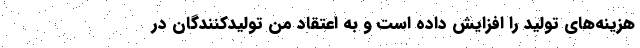
هزینه‌های تولید را افزایش داده است و به اعتقاد من تولیدکنندگان در